Lunatic asylums Madras 1877-1891 - 1877-1891
Year: 1877
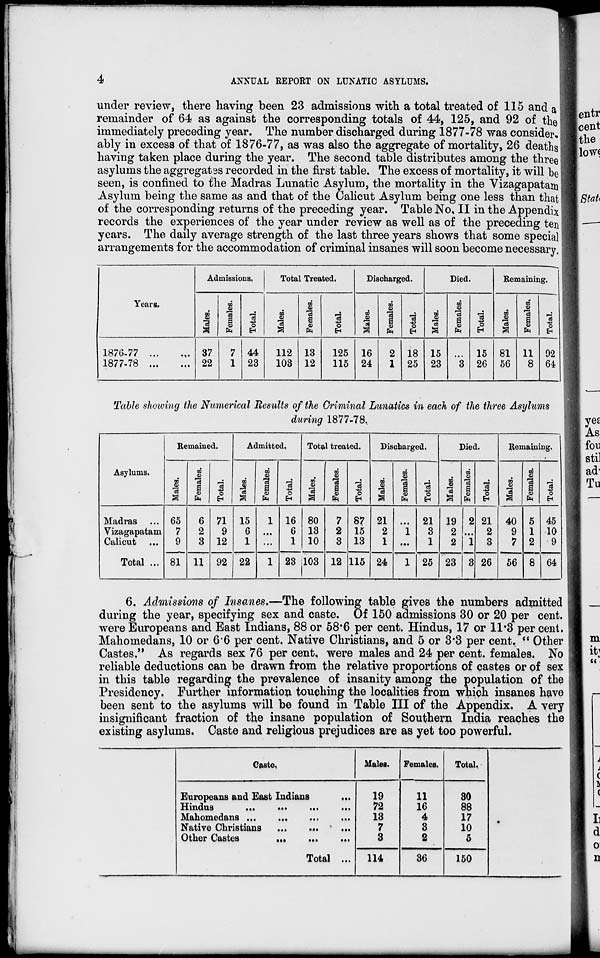
4
ANNUAL REPORT ON LUNATIC ASYLUMS.
under review, there having been 23 admissions with a total treated of 115 and a
remainder of 64 as against the corresponding totals of 44, 125, and 92 of the
immediately preceding year. The number discharged during 1877-78 was consider-
ably in excess of that of 1876-77, as was also the aggregate of mortality, 26 deaths
having taken place during the year. The second table distributes among the three
asylums the aggregates recorded in the first table. The excess of mortality, it will be
seen, is confined to the Madras Lunatic Asylum, the mortality in the Vizagapatam
Asylum being the same as and that of the Calicut Asylum being one less than that
of the corresponding returns of the preceding year. Table No. II in the Appendix
records the experiences of the year under review as well as of the preceding ten
years. The daily average strength of the last three years shows that some special
arrangements for the accommodation of criminal insanes will soon become necessary.
Years.
1876-77...
...
1877-78...
...
Admissions.
Males.
37
22
Females.
7
1
Total.
44
23
Total Treated.
Males.
112
103
Females.
13
12
Total.
125
115
Discharged.
Males.
16
24
Females.
2
1
Total.
18
25
Died.
Males.
15
23
Females.
...
3
Total.
15
26
Remaining.
Males.
81
56
Females,
11
8
Total.
92
64
Table showing the Numerical Results of the Criminal Lunatics in each of the three Asylums
during 1877-78.
Asylums.
Madras ...
Vizagapatam
Calicut ...
Total ...
Remained.
Males.
65
7
9
81
Females.
6
2
3
11
Total.
71
9
12
92
Admitted.
Males.
15
6
1
22
Females.
1
...
...
1
Total.
16
6
1
23
Total treated.
Males.
80
13
10
103
Females.
7
2
3
12
Total.
87
15
13
115
Discharged.
Males.
21
2
1
24
Females.
...
1
...
1
Total.
21
3
1
25
Died.
Males.
19
2
2
23
Females.
2
...
1
3
Total.
21
2
3
26
Remaining.
Males.
40
9
7
56
Females.
5
1
2
8
Total.
45
10
9
64
6. Admissions of Insanes.—The following table gives the numbers admitted
during the year, specifying sex and caste. Of 150 admissions 30 or 20 per cent.
were Europeans and East Indians, 88 or 58.6 per cent. Hindus, 17 or 11.3 per cent.
Mahomedans, 10 or 6.6 per cent. Native Christians, and 5 or 3.3 per cent. " Other
Castes." As regards sex 76 per cent, were males and 24 per cent. females. No
reliable deductions can be drawn from the relative proportions of castes or of sex
in this table regarding the prevalence of insanity among the population of the
Presidency. Further information touching the localities from which insanes have
been sent to the asylums will be found in Table III of the Appendix. A very
insignificant fraction of the insane population of Southern India reaches the
existing asylums. Caste and religious prejudices are as yet too powerful.
Caste.
Europeans and East Indians ...
Hindus
...
...
...
...
Mahomedans ...
...
...
...
Native Christians
...
...
...
Other Castes
...
...
...
Total ...
Males.
19
72
13
7
3
114
Females.
11
16
4
3
2
36
Total.
30
88
17
10
5
150